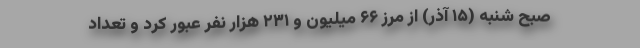
صبح شنبه (۱۵ آذر) از مرز ۶۶ میلیون و ۲۳۱ هزار نفر عبور کرد و تعداد